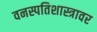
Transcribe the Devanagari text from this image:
वनस्पतिशास्त्रावर